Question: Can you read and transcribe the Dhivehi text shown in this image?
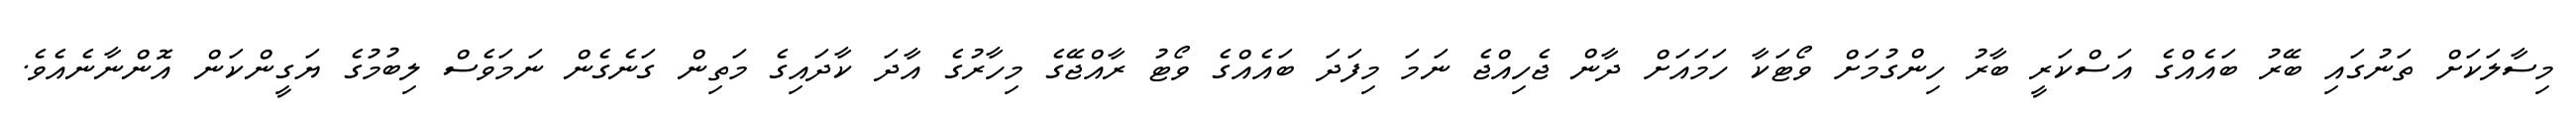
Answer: މިސާލަކަށް ތަނުގައި ބޭރު ބައެއްގެ އަސްކަރީ ބާރު ހިންގުމަށް ވޯޓަކާ ހަމައަށް ދާން ޖެހިއްޖެ ނަމަ މިފަދަ ބައެއްގެ ވޯޓު ރާއްޖޭގެ މިހާރުގެ އާދަ ކާދައިގެ މަތިން ގަނެގެން ނަމަވެސް ލިބުމުގެ ޔަގީންކަން އޮންނާނެއެވެ.